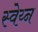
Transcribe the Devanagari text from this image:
स्वेय्न